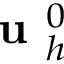
\textbf { u } _ { h } ^ { 0 }